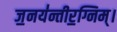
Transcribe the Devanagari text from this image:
ज॒नय॑न्तीर॒ग्निम्।